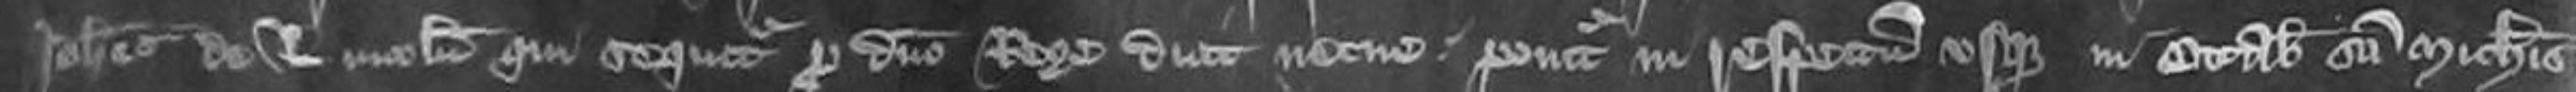
Johannes de Lincolnia qui sequitur pro domino Rege dicit nec ne ponitur in respectum usque in Octabis Sancti Michaelis